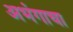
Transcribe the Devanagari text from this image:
अभंगाचा